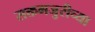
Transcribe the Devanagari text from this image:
सक्तमजुरीच्या